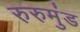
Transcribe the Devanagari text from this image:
रुरुमुंड